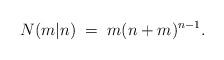
LaTeX: \begin{align*} N(m|n)\;=\;m(n+m)^{n-1}.\end{align*}